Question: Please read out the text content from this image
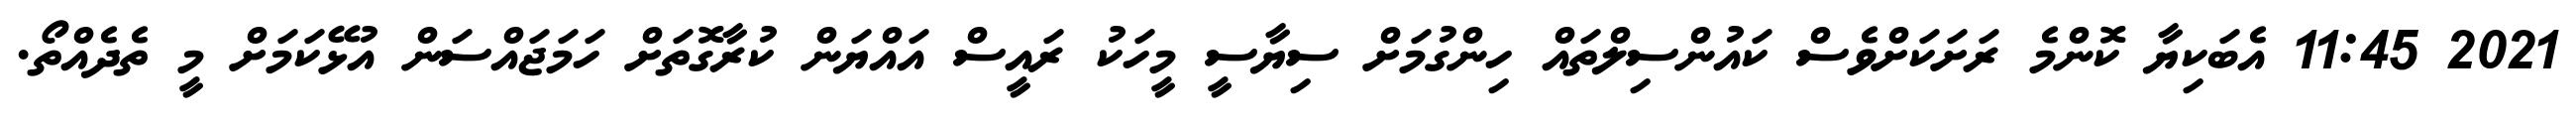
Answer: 2021 11:45 އެބަކިޔާ ކޮންމެ ރަށަކަށްވެސް ކައުންސިލްތައް ހިންގުމަށް ސިޔާސީ މީހަކު ރައީސް އައްޔަން ކުރާގޮތަށް ހަމަޖައްސަން އުޅޭކަމަށް މީ ތެދެއްތޯ.